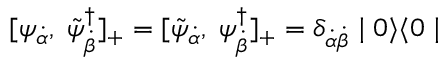
[ \psi _ { { \dot { \alpha } } } , \; \tilde { \psi } _ { { \dot { \beta } } } ^ { \dagger } ] _ { + } = [ \tilde { \psi } _ { { \dot { \alpha } } } , \; \psi _ { { \dot { \beta } } } ^ { \dagger } ] _ { + } = \delta _ { \dot { \alpha } \dot { \beta } } \mid 0 \rangle \langle 0 \mid